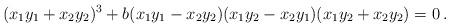
LaTeX: \begin{align*}(x_1 y_1 + x_2 y_2)^3 + b(x_1 y_1 - x_2 y_2) (x_1 y_2 - x_2 y_1)( x_1 y_2 + x_2 y_2) = 0 \, . \end{align*}